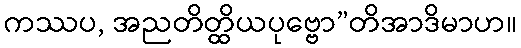
ကဿပ, အညတိတ္ထိယပုဗ္ဗော”တိအာဒိမာဟ။